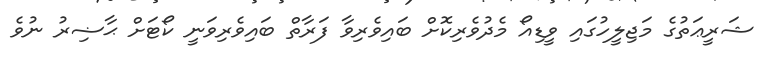
ޝަރީޢަތުގެ މަޖިލީހުގައި ވީޑިއޯ މެދުވެރިކޮށް ބައިވެރިވާ ފަރާތް ބައިވެރިވަނީ ކޯޓަށް ޙާޟިރު ނުވެ